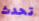
تحدث